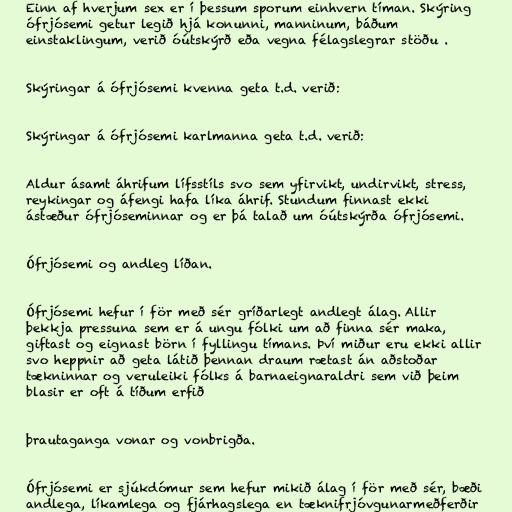
Einn af hverjum sex er í þessum sporum einhvern tíman. Skýring
ófrjósemi getur legið hjá konunni, manninum, báðum
einstaklingum, verið óútskýrð eða vegna félagslegrar stöðu .

Skýringar á ófrjósemi kvenna geta t.d. verið:

Skýringar á ófrjósemi karlmanna geta t.d. verið:

Aldur ásamt áhrifum lífsstíls svo sem yfirvikt, undirvikt, stress,
reykingar og áfengi hafa líka áhrif. Stundum finnast ekki
ástæður ófrjóseminnar og er þá talað um óútskýrða ófrjósemi.

Ófrjósemi og andleg líðan.

Ófrjósemi hefur í för með sér gríðarlegt andlegt álag. Allir
þekkja pressuna sem er á ungu fólki um að finna sér maka,
giftast og eignast börn í fyllingu tímans. Því miður eru ekki allir
svo heppnir að geta látið þennan draum rætast án aðstoðar
tækninnar og veruleiki fólks á barnaeignaraldri sem við þeim
blasir er oft á tíðum erfið

þrautaganga vonar og vonbrigða.

Ófrjósemi er sjúkdómur sem hefur mikið álag í för með sér, bæði
andlega, líkamlega og fjárhagslega en tæknifrjóvgunarmeðferðir